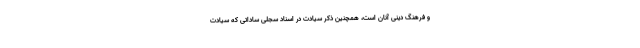
و فرهنگ دینی آنان است، همچنین ذکر سیادت در اسناد سجلی ساداتی که سیادت